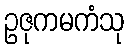
ဥဇုကမကံသု